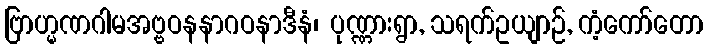
ဗြာဟ္မဏဂါမအဗ္ဗဝနနာဂဝနာဒီနံ၊ ပုဏ္ဏားရွာ, သရက်ဥယျာဉ်, ကံ့ကော်တော